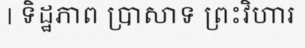
| ទិដ្ឋភាព ប្រាសាទ ព្រះវិហារ